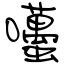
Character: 囆